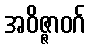
အဝိဇ္ဇာဝဂ်